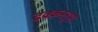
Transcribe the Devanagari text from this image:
ढक्कननुमा